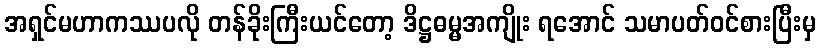
အရှင်မဟာကဿပလို တန်ခိုးကြီးယင်တော့ ဒိဋ္ဌဓမ္မအကျိုး ရအောင် သမာပတ်ဝင်စားပြီးမှ